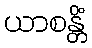
ယာစန္တိံ